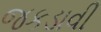
જકડાવી